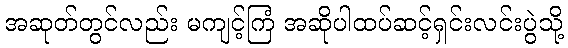
အဆုတ်တွင်လည်း မကျင့်ကြံ အဆိုပါထပ်ဆင့်ရှင်းလင်းပွဲသို့